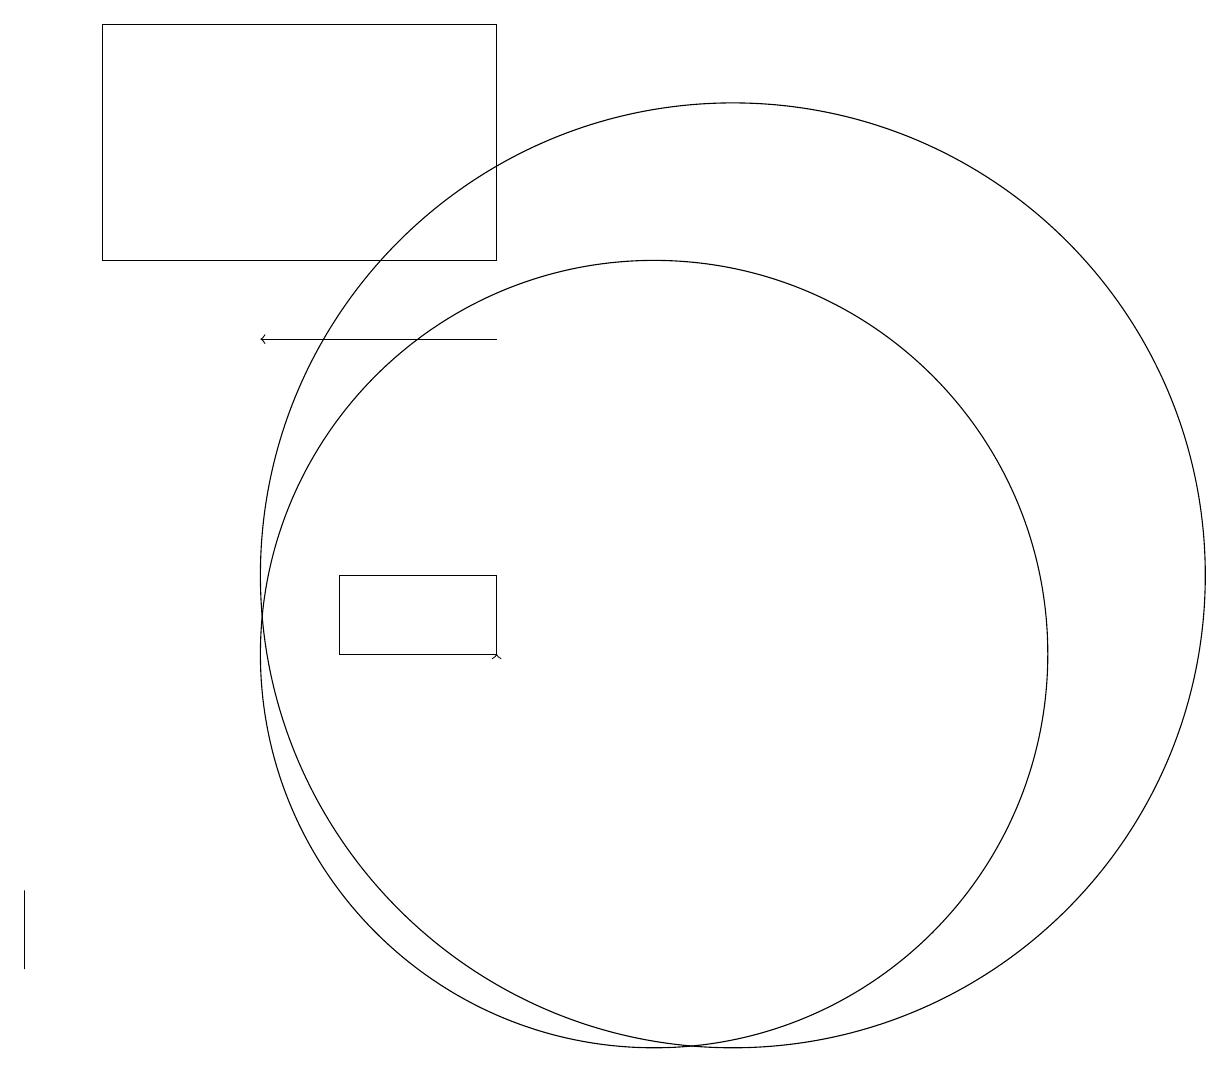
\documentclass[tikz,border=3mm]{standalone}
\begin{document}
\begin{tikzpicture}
\draw (12,12) circle (6);
\draw[->] (9,11) -- (9,11);
\draw (4,19) rectangle (9,16);
\draw[->] (9,15) -- (6,15);
\draw (7,11) rectangle (9,12);
\draw (3,7) -- (3,8) -- (3,8) -- cycle;
\draw (11,11) circle (5);
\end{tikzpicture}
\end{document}